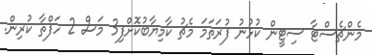
މެންޗެސްޓާ ސިޓީން ކުޅުނު ފުރަތަމަ މެޗު ކާމިޔާބުކޮށްފި3 މަސް 2 ހަފްތާ ކުރިން.